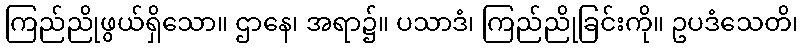
ကြည်ညိုဖွယ်ရှိသော။ ဌာနေ၊ အရာ၌။ ပသာဒံ၊ ကြည်ညိုခြင်းကို။ ဥပဒံသေတိ၊